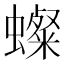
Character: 𧒷